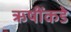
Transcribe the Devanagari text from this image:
ऋषींकडे